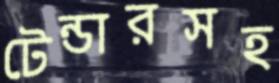
টেন্ডারসহ